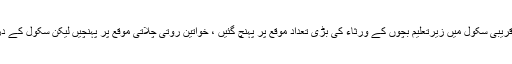
دھماکے کے اطلاع ملتے ہی قریبی سکول میں زیرتعلیم بچوں کے ورثاء کی بڑی تعداد موقع پر پہنچ گئیں ، خواتین روتی چلاتی موقع پر پہنچیں لیکن سکول کے دروازے بند کردیئے گئے ہیں ۔